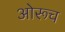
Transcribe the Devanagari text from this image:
ओरूच